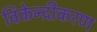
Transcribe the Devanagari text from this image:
विकेन्‍द्रीकरण